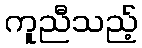
ကူညီသည့်